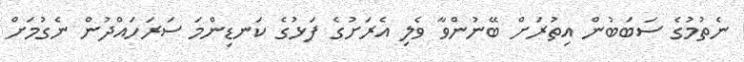
ނެތުމުގެ ސަބަބުން އިތުރަށް ބޭނުންވާ ވެލި އެރަށުގެ ފަޅުގެ ކަނޑިންމަ ސަރަހައްދުން ނެގުމަށް